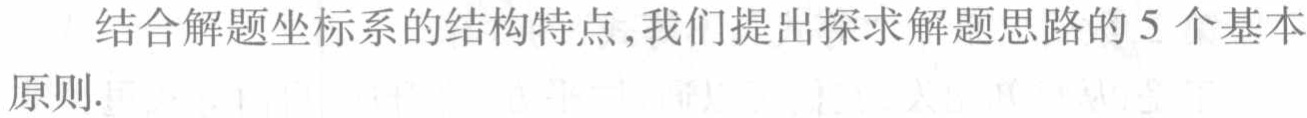
结合解题坐标系的结构特点,我们提出探求解题思路的5个基本原则.